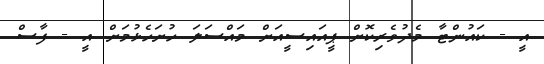
އީ - ކައުންޓާ މެދުވެރިކޮށް ޕީއައިސީއަށް މައްސަލަ ހުށަހެޅުމަށް އީ - ފާސް